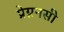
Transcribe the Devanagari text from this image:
प्रेग्ननसी